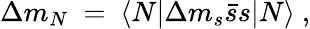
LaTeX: \Delta m_{N}~=~\langle N|\Delta m_{s}\bar{s}s|N\rangle\ ,